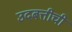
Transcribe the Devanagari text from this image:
उदबत्तीची